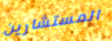
المستشارين